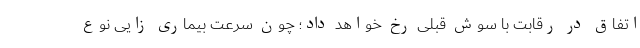
اتفاق در رقابت با سوش قبلی رخ خواهد داد؛ چون سرعت بیماری زایی نوع